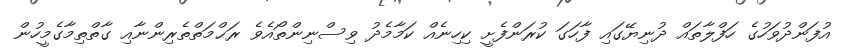
އުފަންދުވަހުގެ ހަފްލާތައް ދުނިޔޭގައި ފާހަގަ ކުރަންފެށީ ކިހިނެއް ކަމާމެދު ވިސްނިންތޯއެވެ ރަޙްމަތްތެރިންނާއި ގާތްތިމާގެމީހުން